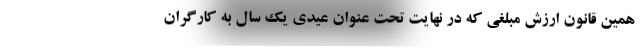
همین قانون ارزش مبلغی که در نهایت تحت عنوان عیدی یک سال به کارگران